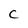
Character: C